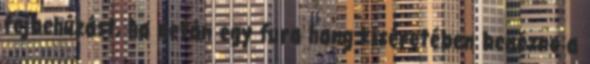
fejbehúzást, ha netán egy fura hang kíséretében benézne a